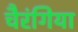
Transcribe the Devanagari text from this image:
चैरंगिया